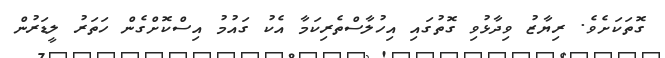
ގޮތަކަށެވެ. ރިޔާޒު ވިދާޅުވި ގޮތުގައި އިހުލާސްތެރިކަމާ އެކު ގައުމު އިސްކޮށްގެން ހަތަރު ލީޑަރުން